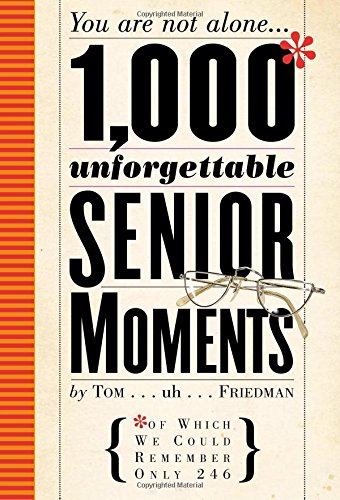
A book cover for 1,000 Unforgettable Senior Moments: Of Which We Could Remember Only 246; Tom Friedman; Humor & Entertainment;